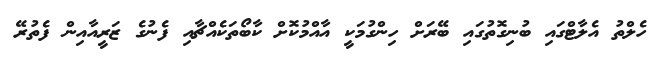
ހެލްތު އެލާޓްގައި ބުނިގޮތުގައި ބޭރަށް ހިންގުމަކީ އާއްމުކޮށް ކާބޯތަކެއްޗާއި ފެނުގެ ޒަރީއާއިން ފެތުރޭ